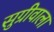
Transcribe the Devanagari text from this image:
सुग्रीवाला